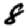
Digit: 8